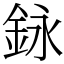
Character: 𨥭